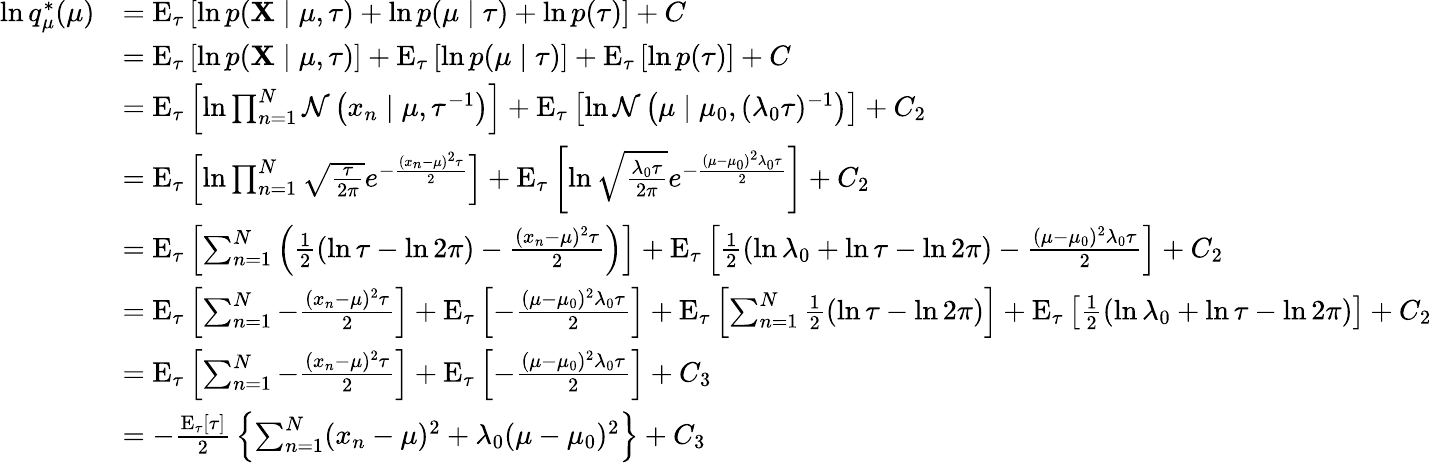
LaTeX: {\begin{array}{rl}{\ln q_{\mu}^{*}(\mu)}&{=\operatorname{E}_{\tau}\left[\ln p(\mathbf{X}\mid\mu,\tau)+\ln p(\mu\mid\tau)+\ln p(\tau)\right]+C}\\ &{=\operatorname{E}_{\tau}\left[\ln p(\mathbf{X}\mid\mu,\tau)\right]+\operatorname{E}_{\tau}\left[\ln p(\mu\mid\tau)\right]+\operatorname{E}_{\tau}\left[\ln p(\tau)\right]+C}\\ &{=\operatorname{E}_{\tau}\left[\ln\prod_{n=1}^{N}{\mathcal{N}}\left(x_{n}\mid\mu,\tau^{-1}\right)\right]+\operatorname{E}_{\tau}\left[\ln{\mathcal{N}}\left(\mu\mid\mu_{0},(\lambda_{0}\tau)^{-1}\right)\right]+C_{2}}\\ &{=\operatorname{E}_{\tau}\left[\ln\prod_{n=1}^{N}{\sqrt{\frac{\tau}{2\pi}}}e^{-{\frac{(x_{n}-\mu)^{2}\tau}{2}}}\right]+\operatorname{E}_{\tau}\left[\ln{\sqrt{\frac{\lambda_{0}\tau}{2\pi}}}e^{-{\frac{(\mu-\mu_{0})^{2}\lambda_{0}\tau}{2}}}\right]+C_{2}}\\ &{=\operatorname{E}_{\tau}\left[\sum_{n=1}^{N}\left({\frac{1}{2}}(\ln\tau-\ln 2\pi)-{\frac{(x_{n}-\mu)^{2}\tau}{2}}\right)\right]+\operatorname{E}_{\tau}\left[{\frac{1}{2}}(\ln\lambda_{0}+\ln\tau-\ln 2\pi)-{\frac{(\mu-\mu_{0})^{2}\lambda_{0}\tau}{2}}\right]+C_{2}}\\ &{=\operatorname{E}_{\tau}\left[\sum_{n=1}^{N}-{\frac{(x_{n}-\mu)^{2}\tau}{2}}\right]+\operatorname{E}_{\tau}\left[-{\frac{(\mu-\mu_{0})^{2}\lambda_{0}\tau}{2}}\right]+\operatorname{E}_{\tau}\left[\sum_{n=1}^{N}{\frac{1}{2}}(\ln\tau-\ln 2\pi)\right]+\operatorname{E}_{\tau}\left[{\frac{1}{2}}(\ln\lambda_{0}+\ln\tau-\ln 2\pi)\right]+C_{2}}\\ &{=\operatorname{E}_{\tau}\left[\sum_{n=1}^{N}-{\frac{(x_{n}-\mu)^{2}\tau}{2}}\right]+\operatorname{E}_{\tau}\left[-{\frac{(\mu-\mu_{0})^{2}\lambda_{0}\tau}{2}}\right]+C_{3}}\\ &{=-{\frac{\operatorname{E}_{\tau}[\tau]}{2}}\left\{ \sum_{n=1}^{N}(x_{n}-\mu)^{2}+\lambda_{0}(\mu-\mu_{0})^{2}\right\} +C_{3}}\end{array}}